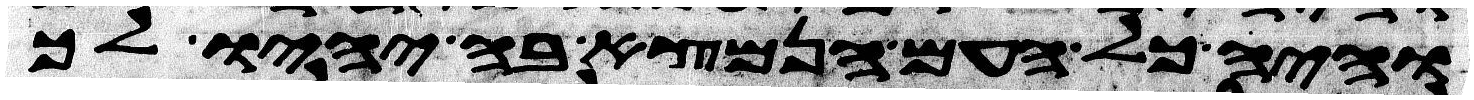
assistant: והיה כל העם הנמצא בה יהיו לך